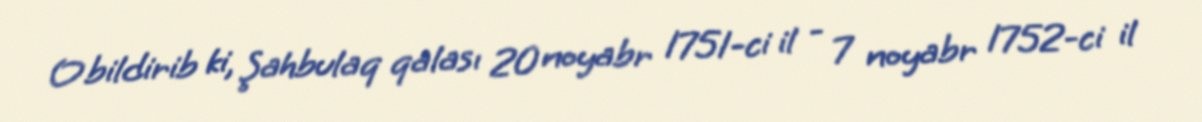
O bildirib ki, Şahbulaq qalası 20 noyabr 1751-ci il - 7 noyabr 1752-ci il